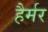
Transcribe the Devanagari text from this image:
हैर्मर